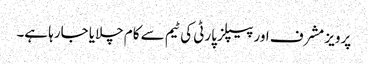
پرویز مشرف اور پیپلز پارٹی کی ٹیم سے کام چلایا جارہا ہے۔